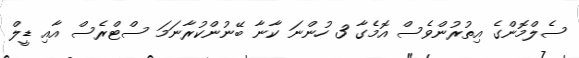
ސެލްމޮންގެ އިތުރުންވެސް އޮމެގާ 3 ހުންނަ ކާނާ ބޭނުންކުރާނަމަ ސްޓްރެސް އާއި ޑީލް